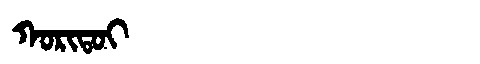
Manchu: ᡴᠣᡵᡳᡨᠣᡳ
Romanization: KORITOI